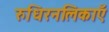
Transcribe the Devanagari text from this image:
रुधिरनलिकाएँ